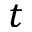
t